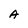
Character: a